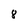
Character: 8